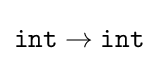
{\texttt {int}}\rightarrow {\texttt {int}}